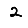
Digit: 2